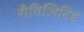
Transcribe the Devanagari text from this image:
रीविज़िटिड